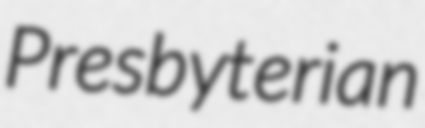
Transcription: Presbyterian